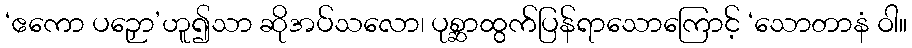
‘ဧကော ပဉှော’ဟူ၍သာ ဆိုအပ်သလော၊ ပုစ္ဆာထွက်ပြန်ရာသောကြောင့် ‘သောတာနံ ဝါ။